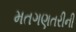
મતગણતરીની